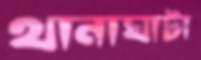
থানাঘাটা